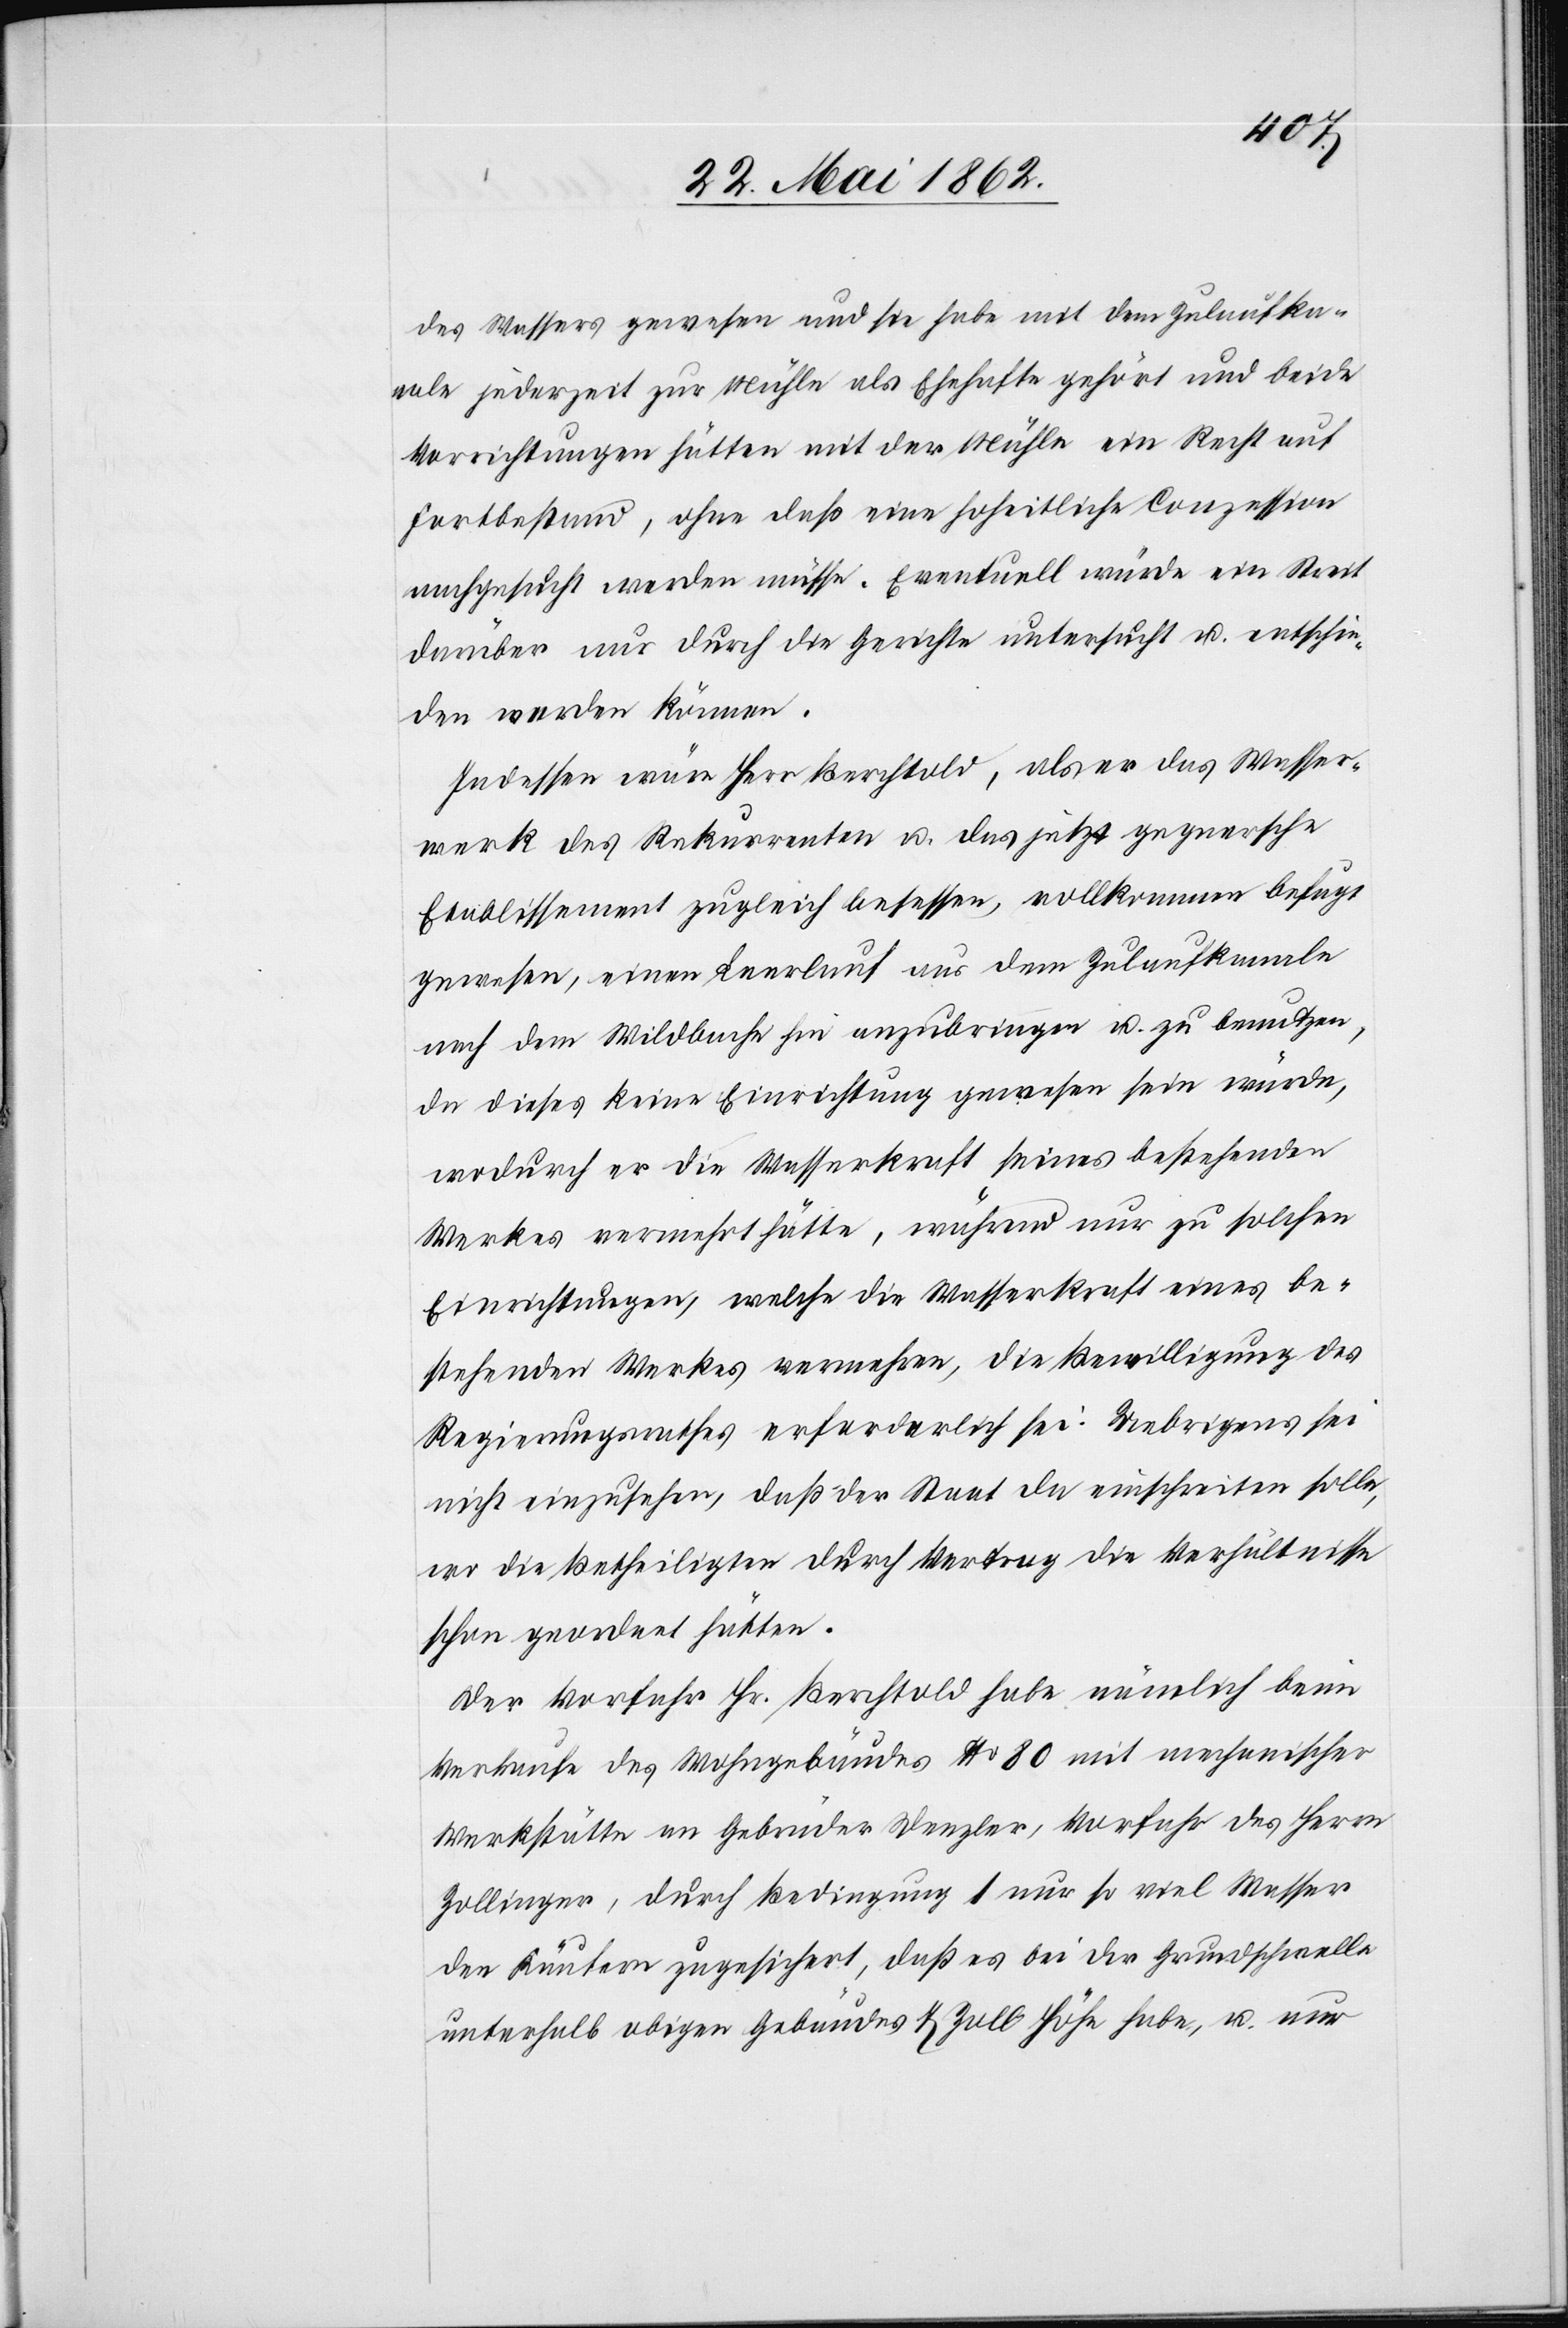
des Wasser gewesen und sie habe mit dem Zulaufka¬
nal jederzeit zur Mühle als Ehehafte gehört und beide
Vorrichtungen hätten mit der Mühle ein Recht auf
Fortbestand, ohne daß eine hoheitliche Conzession
nachgesucht werden müsse. Eventuell würde ein Streit
darüber nur durch die Gerichte untersucht u. entschie¬
den werden können.
Indessen wäre Herr Berchtold, als er das Wasser¬
werk des Rekurrenten u. das jetzt gegnerische
Etablissement zugleich besessen, vollkommen befugt
gewesen, einen Leerlauf aus dem Zulaufkanale
nach dem Wildbache hin anzubringen u. zu benutzen,
da dieses keine Einrichtung gewesen sein würde,
wodurch er die Wasserkraft seines bestehenden
Werkes vermehrt hätte, während nur zu solchen
Einrichtungen, welche die Wasserkraft eines be¬
stehenden Werkes vermehren, die Bewilligung des
Regierungsrathes erforderlich sei. Uebrigens sei
nicht einzusehen, daß der Staat da einschreiten solle,
wo die Betheiligten durch Vertrag die Verhältnisse
schon geordnet hätten.
Der Vorfahr Hr. Berchtold habe nämlich beim
Verkaufe des Wohngebäudes No. 80 mit mechanischer
Werkstätte an Gebrüder Denzler, Vorfahr des Herrn
Zollinger, durch Bedingung 1 nur so viel Wasser
den Käufern zugesichert, daß es bei der Grundschwelle
unterhalb obigen Gebäudes 7 Zoll Höhe habe, u. nur